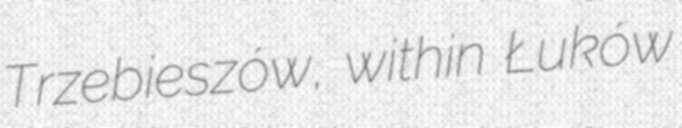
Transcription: Trzebieszów, within Łuków